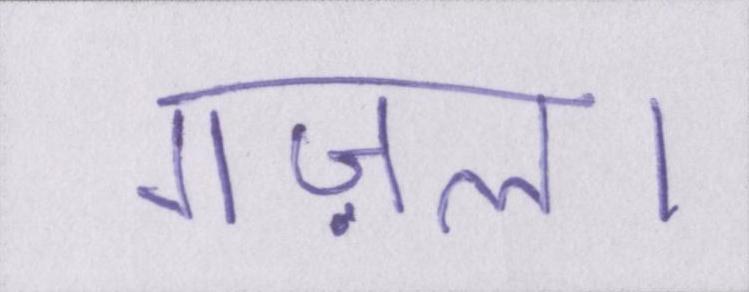
गज़ल।